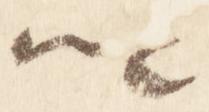
卿